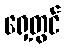
ရှေ့တွင်